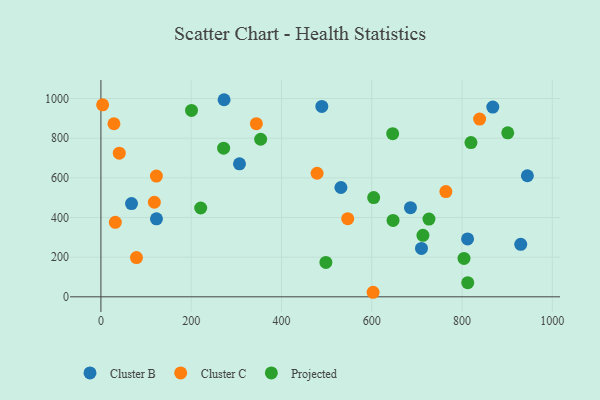
{"axis": {"x": "Investment", "y": "Profit"}, "legend": ["Cluster B", "Cluster C", "Projected"], "data": [{"x": "812.3", "y": 291.9, "type": "Cluster B"}, {"x": "272.9", "y": 993.9, "type": "Cluster B"}, {"x": "944.8", "y": 610.4, "type": "Cluster B"}, {"x": "67.8", "y": 470.1, "type": "Cluster B"}, {"x": "531.7", "y": 551.2, "type": "Cluster B"}, {"x": "868.2", "y": 956.8, "type": "Cluster B"}, {"x": "489.4", "y": 960.0, "type": "Cluster B"}, {"x": "710.2", "y": 244.1, "type": "Cluster B"}, {"x": "930.1", "y": 264.6, "type": "Cluster B"}, {"x": "123.1", "y": 393.5, "type": "Cluster B"}, {"x": "307.0", "y": 670.5, "type": "Cluster B"}, {"x": "685.8", "y": 449.6, "type": "Cluster B"}, {"x": "78.8", "y": 197.8, "type": "Cluster C"}, {"x": "31.9", "y": 375.6, "type": "Cluster C"}, {"x": "603.0", "y": 22.9, "type": "Cluster C"}, {"x": "764.2", "y": 530.6, "type": "Cluster C"}, {"x": "40.7", "y": 724.2, "type": "Cluster C"}, {"x": "344.4", "y": 873.1, "type": "Cluster C"}, {"x": "3.8", "y": 968.2, "type": "Cluster C"}, {"x": "122.9", "y": 609.0, "type": "Cluster C"}, {"x": "839.0", "y": 896.2, "type": "Cluster C"}, {"x": "478.9", "y": 623.0, "type": "Cluster C"}, {"x": "546.8", "y": 393.9, "type": "Cluster C"}, {"x": "28.9", "y": 872.7, "type": "Cluster C"}, {"x": "118.4", "y": 476.9, "type": "Cluster C"}, {"x": "819.8", "y": 777.7, "type": "Projected"}, {"x": "726.8", "y": 391.9, "type": "Projected"}, {"x": "812.7", "y": 71.3, "type": "Projected"}, {"x": "271.9", "y": 749.4, "type": "Projected"}, {"x": "647.2", "y": 385.0, "type": "Projected"}, {"x": "498.4", "y": 173.5, "type": "Projected"}, {"x": "646.4", "y": 822.7, "type": "Projected"}, {"x": "804.4", "y": 193.4, "type": "Projected"}, {"x": "604.3", "y": 500.5, "type": "Projected"}, {"x": "221.1", "y": 448.0, "type": "Projected"}, {"x": "901.3", "y": 826.8, "type": "Projected"}, {"x": "200.7", "y": 939.9, "type": "Projected"}, {"x": "353.9", "y": 794.5, "type": "Projected"}, {"x": "713.4", "y": 309.9, "type": "Projected"}]}